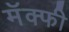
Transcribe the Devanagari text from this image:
मॅक्फी